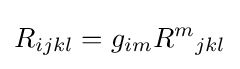
R_{ijkl}=g_{im}{R^{m}}_{jkl}